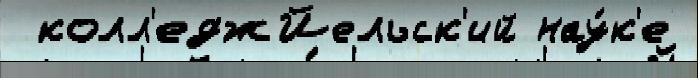
 колл'еджЙельск'ий нау́к'е